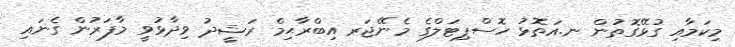
މިކަމާއި ގުޅޭގޮތުން ނ.އަތޮޅު ހޮސްޕިޓަލްގެ މެނޭޖަރ އިބްރާޙިމް ރަޝީދު ވިދާޅުވީ މާފަރުން ގެނައި